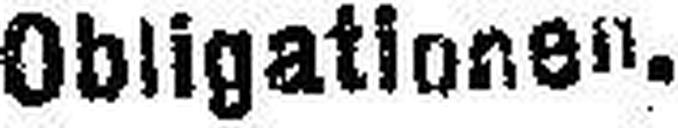
Obligationen.